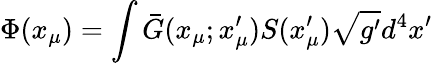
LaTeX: \Phi(x_{\mu})=\int\bar{G}(x_{\mu};x_{\mu}^{\prime})S(x_{\mu}^{\prime})\sqrt{g^{\prime}}d^{4}x^{\prime}